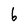
Character: 6